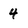
Character: 4